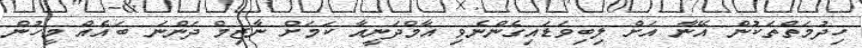
ހިދުމަތްތަކުން އޭނާ އަށް ލިބިވަޑައިގެންނެވި އާމްދަނީއާ ކަމަށް ނާޒިމް ދަންނަ ބައެއް މީހުން